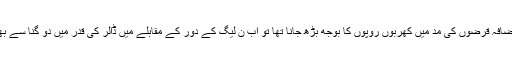
اگر نواز دور میں ڈالر کی قدر میں چند روپوں کا اضافہ قرضوں کی مد میں کھربوں روپوں کا بوجھ بڑھ جانا تھا تو اب ن لیگ کے دور کے مقابلے میں ڈالر کی قدر میں دو گنا سے بھی زیادہ اضافے کو کس کھاتے میں گنا جائے گا؟